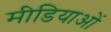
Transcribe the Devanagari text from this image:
मीडियाओं